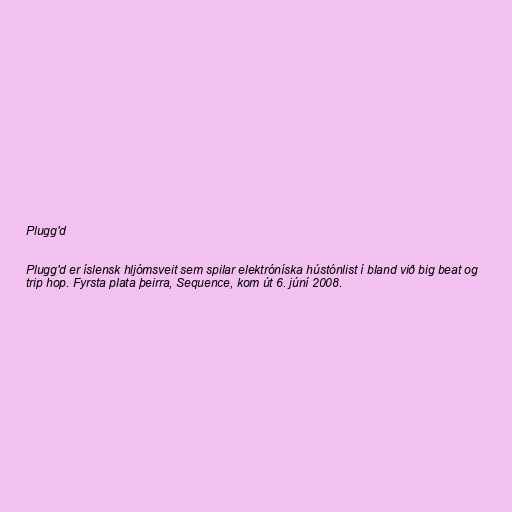
Plugg'd

Plugg'd er íslensk hljómsveit sem spilar elektróníska hústónlist í bland við big beat og
trip hop. Fyrsta plata þeirra, Sequence, kom út 6. júní 2008.